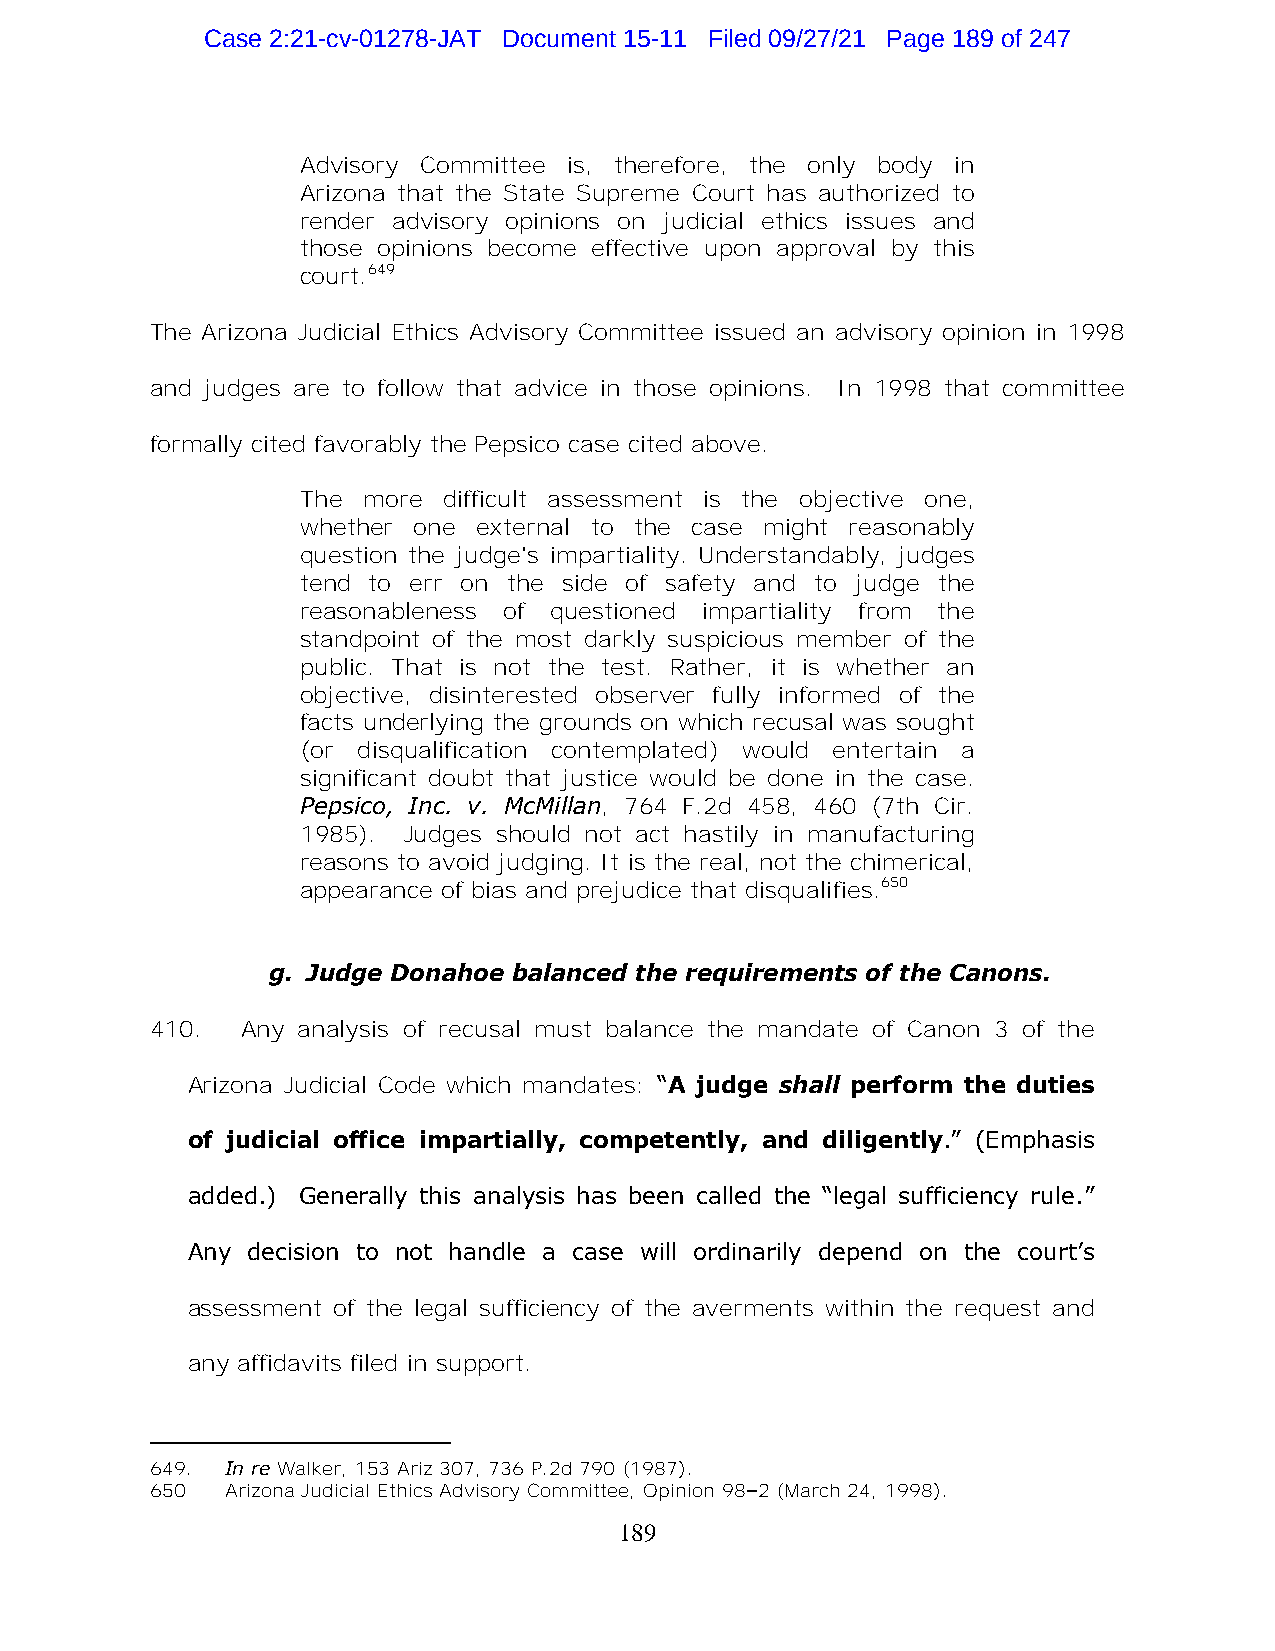
Case 2:21-cv-01278-JAT Document 15-11 Filed 09/27/21 Page 189 of 247
 Advisory Committee is, therefore, the only body in
 Arizona that the State Supreme Court has authorized to
 render advisory opinions on judicial ethics issues and
 those opinions become effective upon approval by this
 court.649
 The Arizona Judicial Ethics Advisory Committee issued an advisory opinion in 1998
 and judges are to follow that advice in those opinions. In 1998 that committee
 formally cited favorably the Pepsico case cited above.
 The more difficult assessment is the objective one,
 whether one external to the case might reasonably
 question the judge's impartiality. Understandably, judges
 tend to err on the side of safety and to judge the
 reasonableness of questioned impartiality from the
 standpoint of the most darkly suspicious member of the
 public. That is not the test. Rather, it is whether an
 objective, disinterested observer fully informed of the
 facts underlying the grounds on which recusal was sought
 (or disqualification contemplated) would entertain a
 significant doubt that justice would be done in the case.
 Pepsico, Inc. v. McMillan, 764 F.2d 458, 460 (7th Cir.
 1985). Judges should not act hastily in manufacturing
 reasons to avoid judging. It is the real, not the chimerical,
 appearance of bias and prejudice that disqualifies.650
 g. Judge Donahoe balanced the requirements of the Canons.
 410.  Any analysis of recusal must balance the mandate of Canon 3 of the
 Arizona Judicial Code which mandates: “A judge shall perform the duties
 of judicial office impartially, competently, and diligently.” (Emphasis
 added.) Generally this analysis has been called the “legal sufficiency rule.”
 Any decision to not handle a case will ordinarily depend on the court’s
 assessment of the legal sufficiency of the averments within the request and
 any affidavits filed in support.
 649. In re Walker, 153 Ariz 307, 736 P.2d 790 (1987).
 650  Arizona Judicial Ethics Advisory Committee, Opinion 98–2 (March 24, 1998).
 189